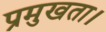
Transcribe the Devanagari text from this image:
प्रमुखता।